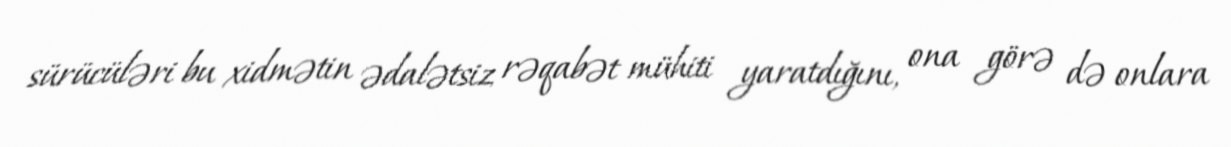
sürücüləri bu xidmətin ədalətsiz rəqabət mühiti yaratdığını, ona görə də onlara